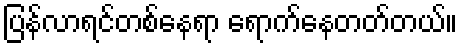
ပြန်လာရင်တစ်နေရာ ရောက်နေတတ်တယ်။